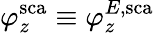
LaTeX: \varphi_{z}^{\mathrm{sca}}\equiv\varphi_{z}^{E,\mathrm{sca}}